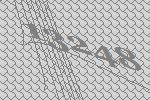
13248